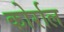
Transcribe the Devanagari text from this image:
कोर्राल